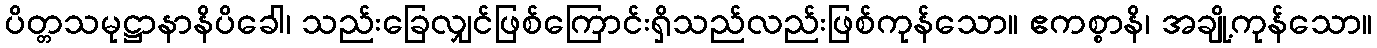
ပိတ္တသမုဋ္ဌာနာနိပိခေါ၊ သည်းခြေလျှင်ဖြစ်ကြောင်းရှိသည်လည်းဖြစ်ကုန်သော။ ဧကစ္စာနိ၊ အချို့ကုန်သော။